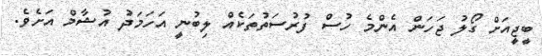
ބީޖީއަށް ގޯލު ޖަހަން އެންމެ ހުސް ފުރުސަތުތަކެއް ލިބުނީ އަހަމަދު އުޝާމް އަށެވެ.